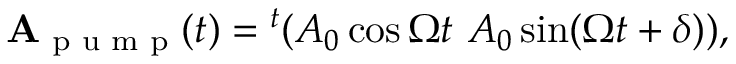
\begin{array} { r } { \mathbf { A } _ { \textrm { p u m p } } ( t ) = { } ^ { t } ( A _ { 0 } \cos \Omega t \ A _ { 0 } \sin ( \Omega t + \delta ) ) , } \end{array}